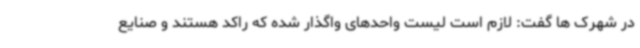
در شهرک ها گفت: لازم است لیست واحدهای واگذار شده که راکد هستند و صنایع